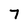
Character: 7